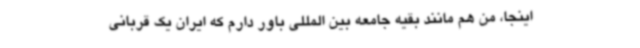
اینجا، من هم مانند بقیه جامعه بین المللی باور دارم که ایران یک قربانی